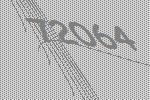
72064